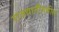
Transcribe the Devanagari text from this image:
राजधानीमधील